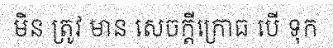
មិន ត្រូវ មាន សេចក្តីក្រោធ បើ ទុក